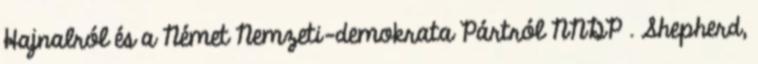
Hajnalról és a Német Nemzeti-demokrata Pártról NNDP . Shepherd,